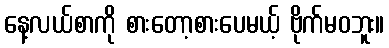
နေ့လယ်စာကို စားတော့စားပေမယ့် ဗိုက်မဝဘူး။